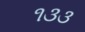
૧૩૩